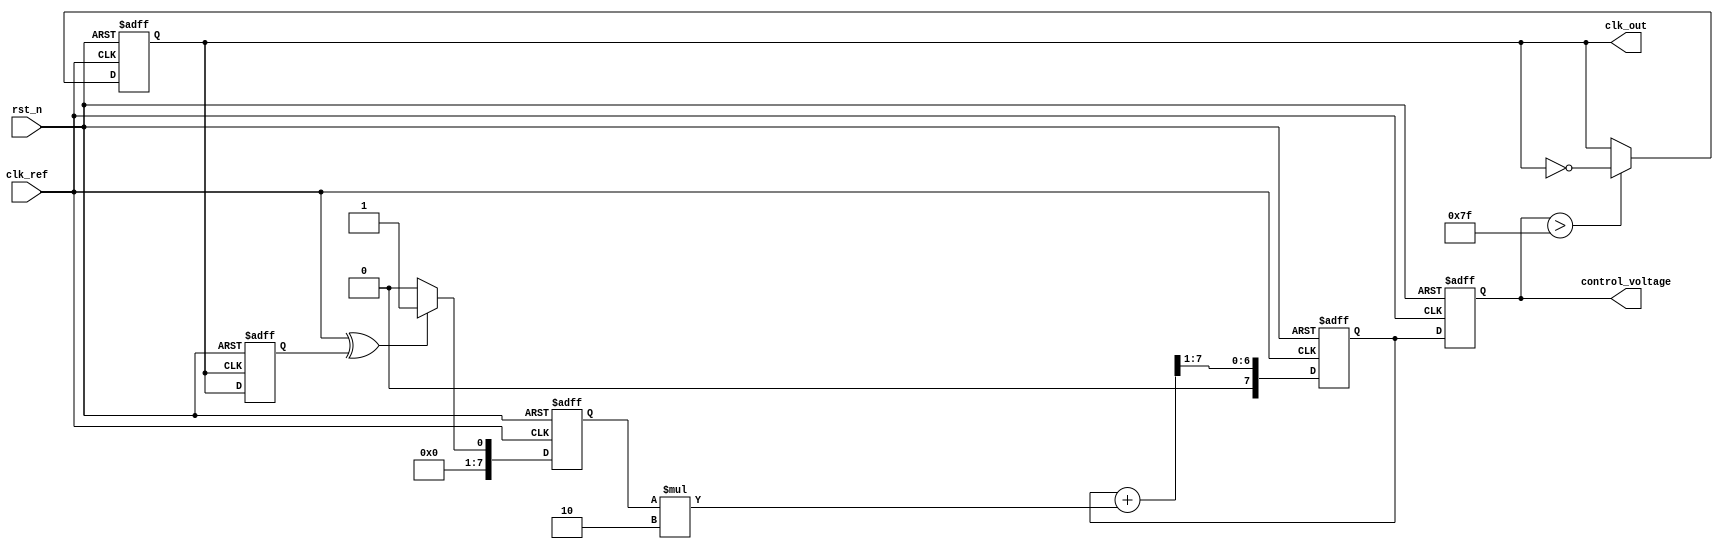
module pll (
    input wire clk_ref,         // Reference clock
    input wire rst_n,          // Active low reset
    output reg clk_out,        // Output clock
    output reg [7:0] control_voltage // Control voltage for VCO
);

// Parameters
parameter VCO_MAX_FREQ = 8'd255; // Maximum frequency for VCO
parameter VCO_MIN_FREQ = 8'd0;   // Minimum frequency for VCO
parameter K_PD = 8'd1;           // Gain of Phase Detector
parameter K_LF = 8'd2;           // Gain of Loop Filter

// Internal signals
reg clk_fb;                     // Feedback clock
reg [7:0] error_signal;         // Error signal from phase detector
reg [7:0] filtered_signal;      // Filtered signal from loop filter

// Phase Detector (PD)
always @(posedge clk_ref or negedge rst_n) begin
    if (!rst_n) begin
        error_signal <= 8'd0;
    end else begin
        // Simple XOR phase detector
        error_signal <= (clk_ref ^ clk_fb) ? K_PD : 8'd0;
    end
end

// Loop Filter (LF)
always @(posedge clk_ref or negedge rst_n) begin
    if (!rst_n) begin
        filtered_signal <= 8'd0;
    end else begin
        // Simple first-order filter for demonstration
        filtered_signal <= (filtered_signal + (error_signal * K_LF)) >> 1; // Low-pass filter
    end
end

// Voltage-Controlled Oscillator (VCO)
always @(posedge clk_ref or negedge rst_n) begin
    if (!rst_n) begin
        control_voltage <= VCO_MIN_FREQ;
        clk_out <= 1'b0;
    end else begin
        // Control voltage determines frequency
        control_voltage <= filtered_signal;
        // Generate output clock based on control voltage
        if (control_voltage > (VCO_MAX_FREQ / 2)) begin
            clk_out <= ~clk_out; // Toggle clock if control voltage is high
        end
    end
end

// Feedback Path
always @(posedge clk_out or negedge rst_n) begin
    if (!rst_n) begin
        clk_fb <= 1'b0;
    end else begin
        clk_fb <= clk_out; // Feedback output clock
    end
end

endmodule